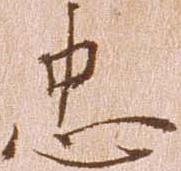
忠